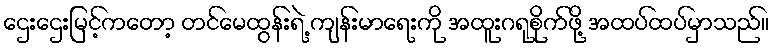
ဌေးဌေးမြင့်ကတော့ တင်မေထွန်းရဲ့ ကျန်းမာရေးကို အထူးဂရုစိုက်ဖို့ အထပ်ထပ်မှာသည်။